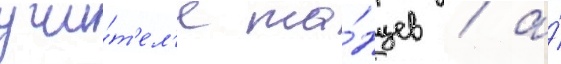
учи́т'ел'я та́нцев / а́